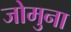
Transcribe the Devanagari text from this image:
जोमुना